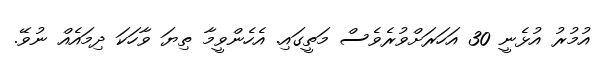
އުމުރު އުޅެނީ 30 އަހަރަށްވުރެވެސް މަތީގައި. އެހެންވީމާ ތިޔަ ވާހަކަ ދިމައެއް ނުވޭ.